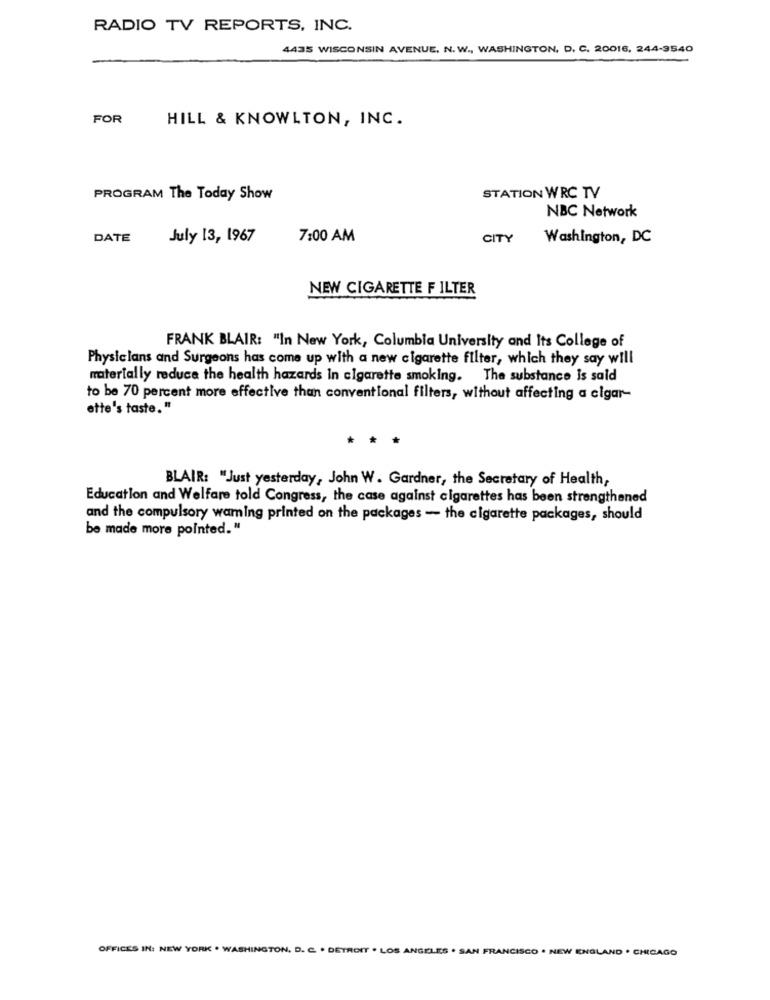
RADIO TV REPORTS, INC.
4435 WISCONSIN AVENUE, N. W ., WASHINGTON, D. C. 20016, 244-3540
FOR
HILL & KNOWLTON, INC.
PROGRAM The Today Show
STATION WRC TV
NBC Network
DATE
July 13, 1967
7:00 AM
CITY
Washington, DC
NEW CIGARETTE FILTER
FRANK BLAIR: "In New York, Columbia University and Its College of
Physicians and Surgeons has come up with a new cigarette filter, which they say will
materially reduce the health hazards In cigarette smoking. The substance is said
to be 70 percent more effective than conventional filters, without affecting a cigar-
ette's taste."
. .
BLAIR: "Just yesterday, John W. Gardner, the Secretary of Health,
Education and Welfare told Congress, the case against cigarettes has been strengthened
and the compulsory waming printed on the packages - the cigarette packages, should
be made more pointed. "
OFFICES IN: NEW YORK . WASHINGTON, D. C. . DETROIT . LOS ANGELES . SAN FRANCISCO . NEW ENGLAND . CHICAGO